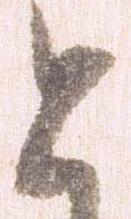
と